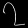
Digit: ၇